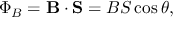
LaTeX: \Phi _ { B } = \mathbf { B } \cdot \mathbf { S } = B S \cos \theta ,